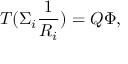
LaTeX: T ( \Sigma _ { i } \frac { 1 } { R _ { i } } ) = Q { \Phi } ,